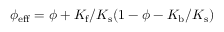
\phi _ { \mathrm { e f f } } = \phi + K _ { \mathrm { f } } / K _ { \mathrm { s } } ( 1 - \phi - K _ { \mathrm { b } } / K _ { \mathrm { s } } )